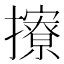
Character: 𢸘